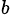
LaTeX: _b